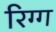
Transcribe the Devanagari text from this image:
रिग्ग